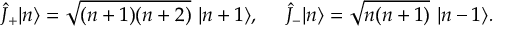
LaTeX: \hat { J } _ { + } | n \rangle = \sqrt { ( n + 1 ) ( n + 2 ) } ~ | n + 1 \rangle , ~ ~ ~ ~ \hat { J } _ { - } | n \rangle = \sqrt { n ( n + 1 ) } ~ | n - 1 \rangle .